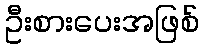
ဦးစားပေးအဖြစ်